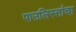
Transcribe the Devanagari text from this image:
पाउलिस्तांचा